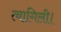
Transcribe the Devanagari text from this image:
त्यागिली।